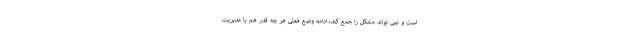
است و نمی تواند مشکل را جمع کند، ادامه وضع فعلی هر چه قدر هم با مدیریت